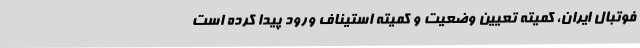
فوتبال ایران، کمیته تعیین وضعیت و کمیته استیناف ورود پیدا کرده است